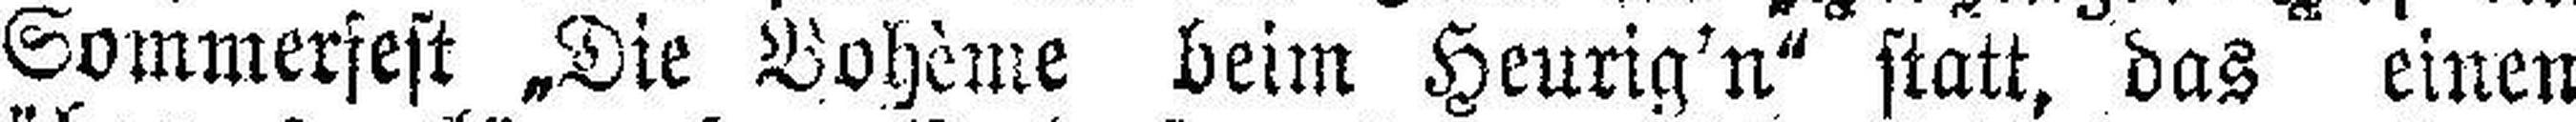
Sommerfest „Die Bohème beim Heurig'n" statt, das einen